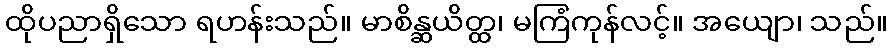
ထိုပညာရှိသော ရဟန်းသည်။ မာစိန္ဆယိတ္ထ၊ မကြံကုန်လင့်။ အယျော၊ သည်။